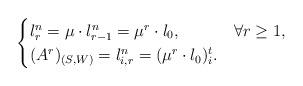
LaTeX: \begin{align*} \begin{cases} l^n_{r} = \mu \cdot l^n_{r-1}= \mu^{r} \cdot l_0, & \forall r\geq 1,\\ (A^r)_{(S,W)} = l^n_{i,r} = (\mu^r \cdot l_0)^t_i. \end{cases}\end{align*}